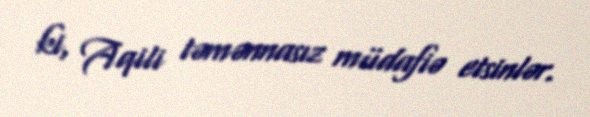
ki, Aqili təmənnasız müdafiə etsinlər.